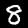
Label: 8